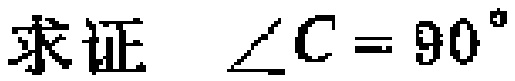
求证 $\angle C = 90^{\circ}$